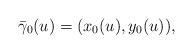
LaTeX: \begin{align*}\bar{\gamma}_{0}(u)=(x_{0}(u),y_{0}(u)),\end{align*}